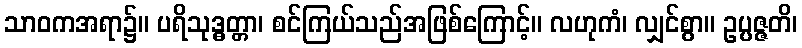
သာဝကအရာ၌။ ပရိသုဒ္ဓတ္တာ၊ စင်ကြယ်သည်အဖြစ်ကြောင့်။ လဟုကံ၊ လျှင်စွာ။ ဥပ္ပဇ္ဇတိ၊